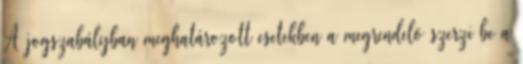
A jogszabályban meghatározott esetekben a megrendelõ szerzi be a